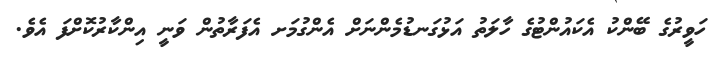
ހަވީރުގެ ބޭންކު އެކައުންޓުގެ ހާލަތު އަޅުގަނޑުމެންނަށް އެންގުމަށ އެފަރާތުން ވަނީ އިންކާރުކޮށްފަ އެވެ.